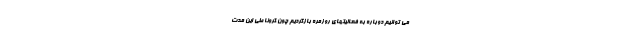
می توانیم دوباره به فعالیتهای روزمره بازگردیم چون کرونا طی این مدت